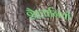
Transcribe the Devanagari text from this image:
शैलानियों